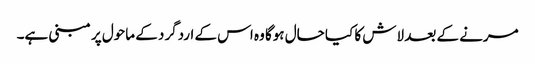
مرنے کے بعد لاش کا کیا حال ہوگا وہ اس کے اردگرد کے ماحول پر مبنی ہے۔